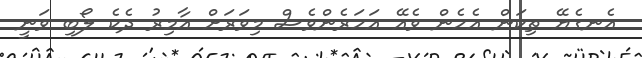
އެނގެޔޭ ތިކަން އެހެން ވެއޭ އަހަރެންވެސް މިވަރަށް އާމިރު ދެކެ ލޯބި ވަނީ